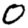
Digit: 0